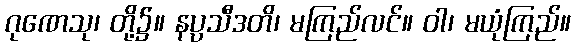
ဂုဏေသု၊ တို့၌။ နပ္ပသီဒတိ၊ မကြည်လင်။ ဝါ၊ မယုံကြည်။